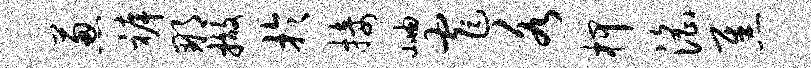
葱裤那撤于接岫窄各柙淫焦